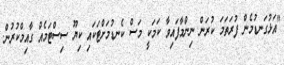
"އަޅުގަނޑުމެން ފުރަތަމަ ކުރަން ނިންމާފައިވާ ކަމަކީ މަސް ކެނޑުމަށްޓަކައި ކިޔޫ ސިސްޓަމެއް ގާއިމްކުރުން.